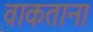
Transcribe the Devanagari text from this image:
वाकताना